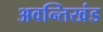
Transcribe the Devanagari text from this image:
अवन्तिखंड